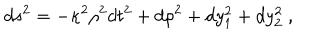
d s ^ { 2 } = - \kappa ^ { 2 } \rho ^ { 2 } d t ^ { 2 } + d \rho ^ { 2 } + d y _ { 1 } ^ { 2 } + d y _ { 2 } ^ { 2 } ~ ,